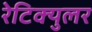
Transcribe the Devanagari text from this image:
रेटिक्युलर